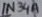
Text: 1N34A